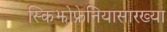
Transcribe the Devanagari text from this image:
स्किझोफ्रेनियासारख्या